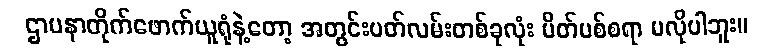
ဌာပနာတိုက်ဖောက်ယူရုံနဲ့တော့ အတွင်းပတ်လမ်းတစ်ခုလုံး ပိတ်ပစ်စရာ မလိုပါဘူး။